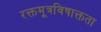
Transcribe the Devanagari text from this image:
रक्तमूत्रविषाक्तता